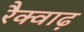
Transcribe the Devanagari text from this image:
रैक्वाढ़